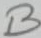
Text: B